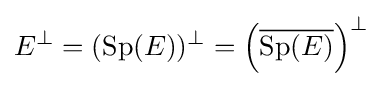
E^{\perp }=(\operatorname {Sp} (E))^{\perp }=\left({\overline {\operatorname {Sp} (E)}}\right)^{\perp }